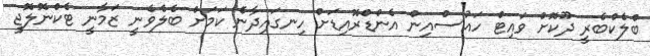
ބްލެކްބެރީ ދޫކޮށް ވައިޓް ހައުސްއިން އެންޑްރޮއިޑަށް ހިނގައިދާނެ ކަމަށް ބެލެވެނީ ޒަމާނީ ޓެކްނޮލޮޖީ